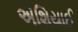
એશિયાઈ